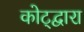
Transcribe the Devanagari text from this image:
कोट्द्वारा